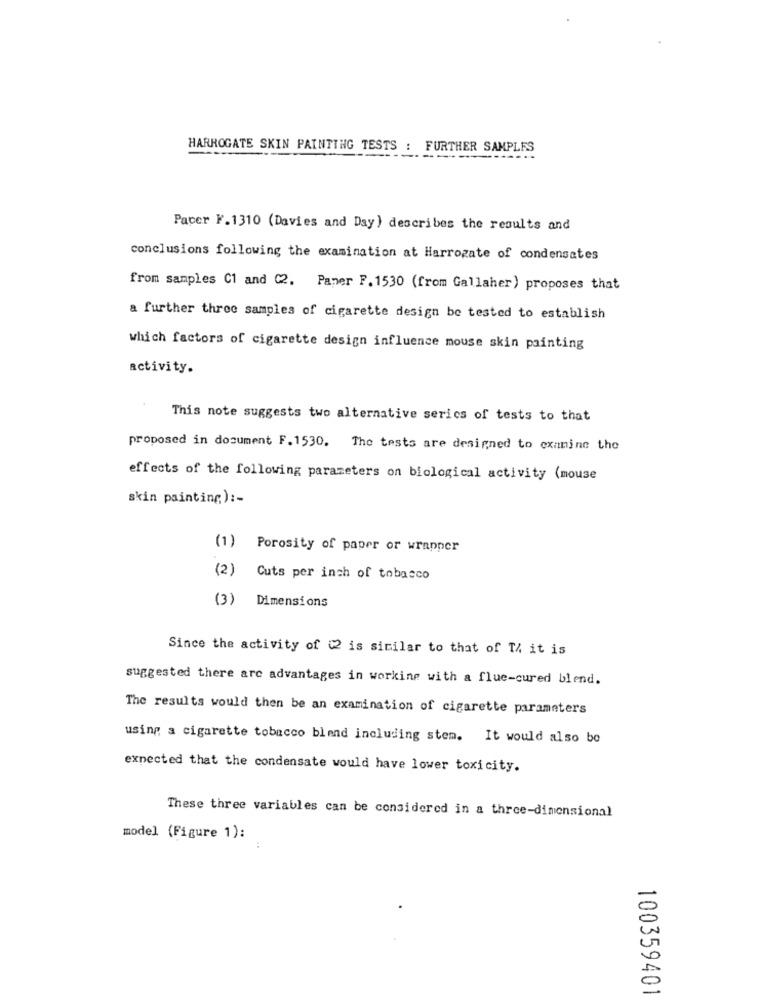
HARROGATE SKIN PAINTING TESTS : FURTHER SAMPLES
Pacer F.1310 (Davies and Day) describes the results and
conclusions following the examination at Harrogate of condensates
from samples C1 and C2. Paper P. 1530 (from Gallaher) proposes that
a further three samples of cigarette design be tested to establish
which factors of cigarette design influence mouse skin painting
activity.
This note suggests two alternative series of tests to that
proposed in document F. 1530. The tests are designed to examine the
effects of the following parameters on biological activity (mouse
skin painting) :-
(1)
Porosity of paper or wrapper
(2)
Cuts per inch of tobacco
(3)
Dimensions
Since the activity of 2 is similar to that of Th it is
suggested there are advantages in working with a flue-cured blend.
The results would then be an examination of cigarette parameters
using a cigarette tobacco blend including stem. It would also be
expected that the condensate would have lower toxicity.
These three variables can be considered in a three-dimensional
model (Figure 1):
100359401